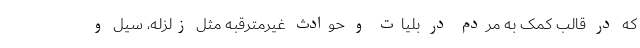
که در قالب کمک به مردم در بلیات و حوادث غیرمترقبه مثل زلزله، سیل و